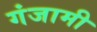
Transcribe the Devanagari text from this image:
गंजामी